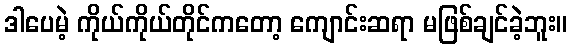
ဒါပေမဲ့ ကိုယ်ကိုယ်တိုင်ကတော့ ကျောင်းဆရာ မဖြစ်ချင်ခဲ့ဘူး။